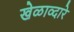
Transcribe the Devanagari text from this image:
खेळाव्दारे